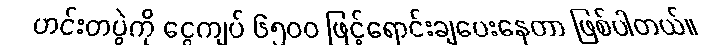
ဟင်းတပွဲကို ငွေကျပ် ၆၅၀၀ ဖြင့်ရောင်းချပေးနေတာ ဖြစ်ပါတယ်။